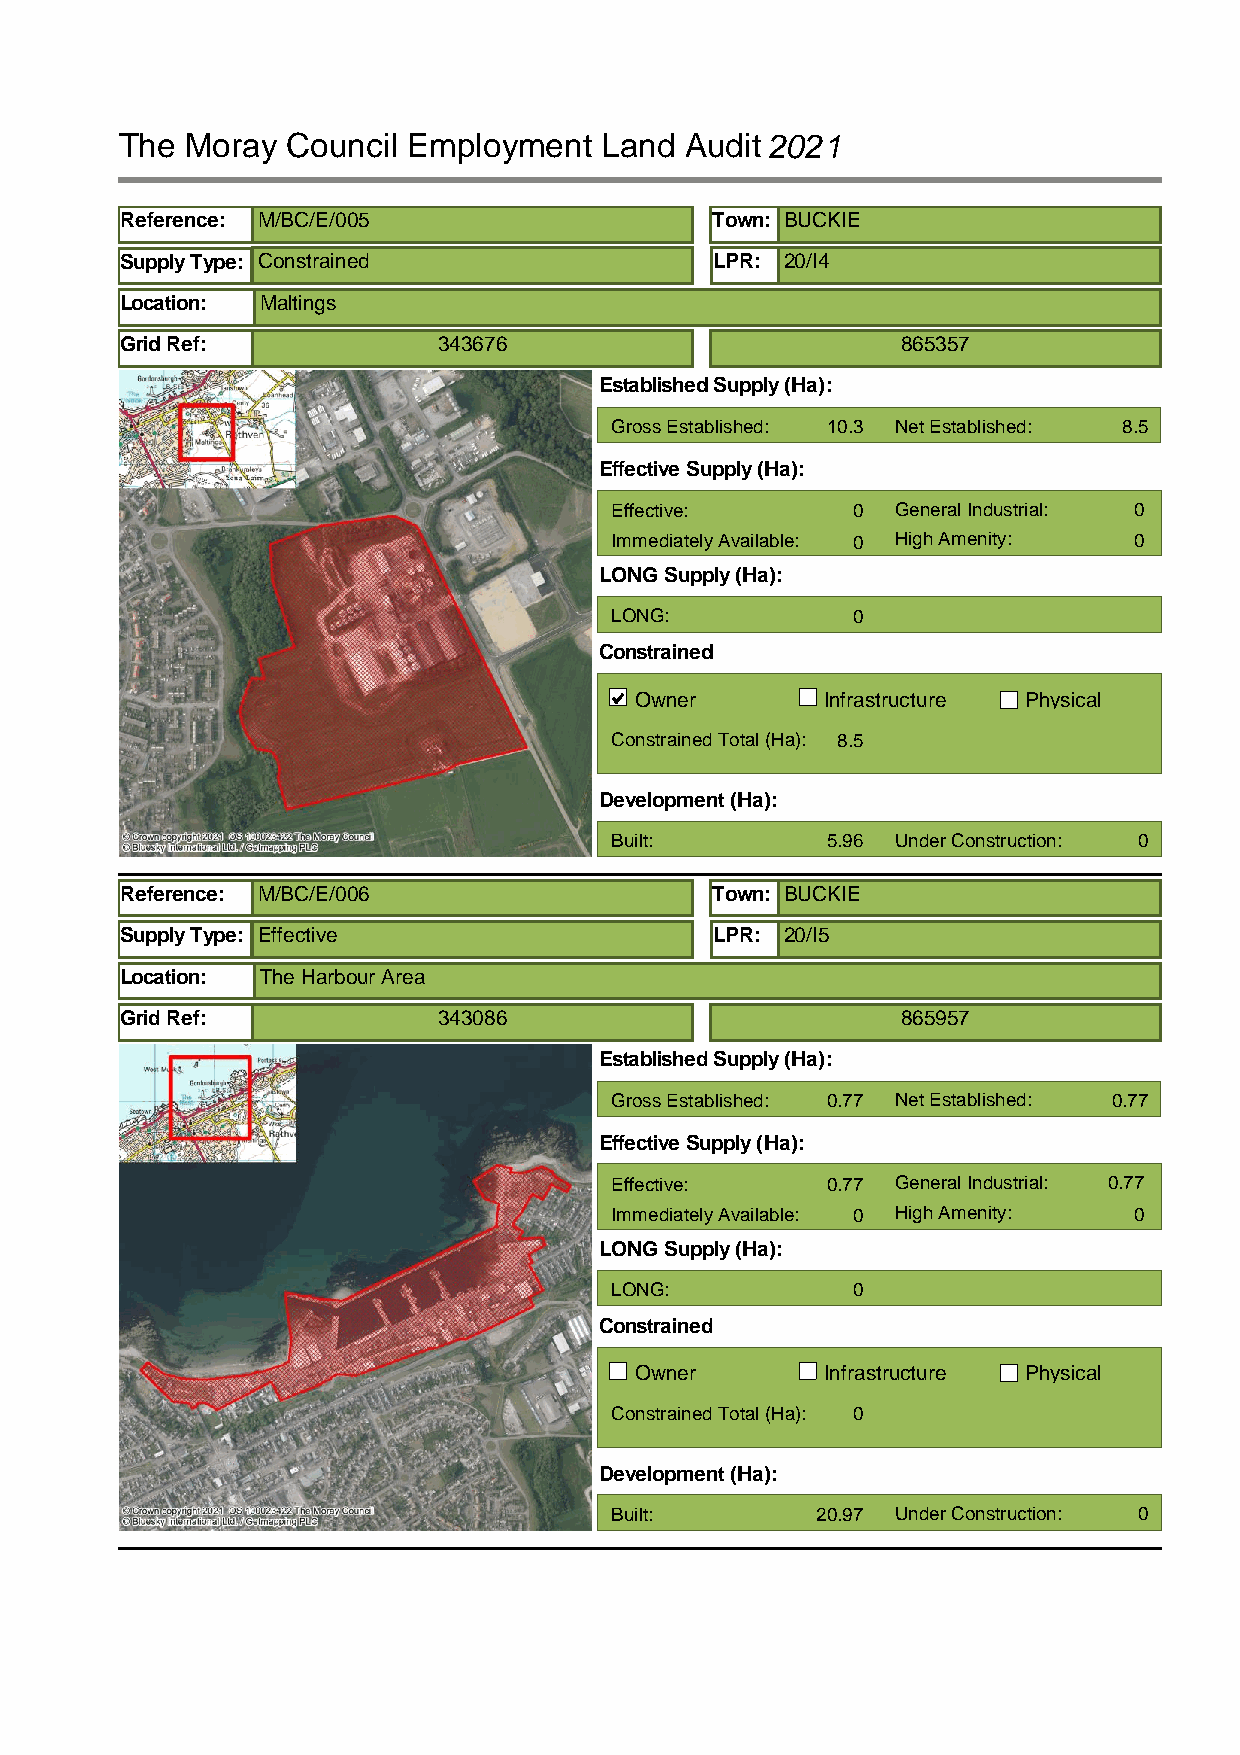
The Moray  Council Employment   Land Audit2021
 Reference: M/BC/E/005                  Town: BUCKIE
 Supply Type: Constrained               LPR: 20/I4
 Location: Maltings
 Grid Ref:            343676                         865357
 Established Supply (Ha):
 Gross Established: 10.3 Net Established: 8.5
 Effective Supply (Ha):
 Effective:      0  General Industrial: 0
 Immediately Available: 0 High Amenity: 0
 LONG Supply (Ha):
 LONG:           0
 Constrained
 Owner        Infrastructure Physical
 Constrained Total (Ha): 8.5
 Development (Ha):
 Built:         5.96 Under Construction: 0
 Reference: M/BC/E/006                  Town: BUCKIE
 Supply Type: Effective                 LPR: 20/I5
 Location: The Harbour Area
 Grid Ref:            343086                         865957
 Established Supply (Ha):
 Gross Established: 0.77 Net Established: 0.77
 Effective Supply (Ha):
 Effective:     0.77 General Industrial: 0.77
 Immediately Available: 0 High Amenity: 0
 LONG Supply (Ha):
 LONG:           0
 Constrained
 Owner        Infrastructure Physical
 Constrained Total (Ha): 0
 Development (Ha):
 Built:        20.97 Under Construction: 0